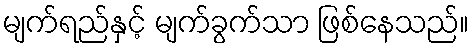
မျက်ရည်နှင့် မျက်ခွက်သာ ဖြစ်နေသည်။